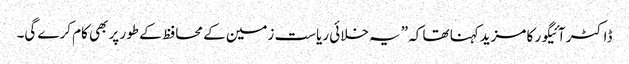
ڈاکٹر آئیگور کا مزیدکہنا تھا کہ ”یہ خلائی ریاست زمین کے محافظ کے طور پر بھی کام کرے گی۔